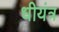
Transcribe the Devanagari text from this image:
धीयंत्र